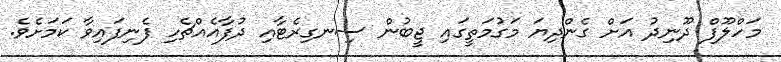
މަހްލޫފް ދޫނިދު އަށް ގެންދިޔަ މަގުމަތީގައި ޖީބުން ސިނގިރެޓާއި ދުފާއެއްޗެހި ފެނިފައިވާ ކަމަށެވެ.